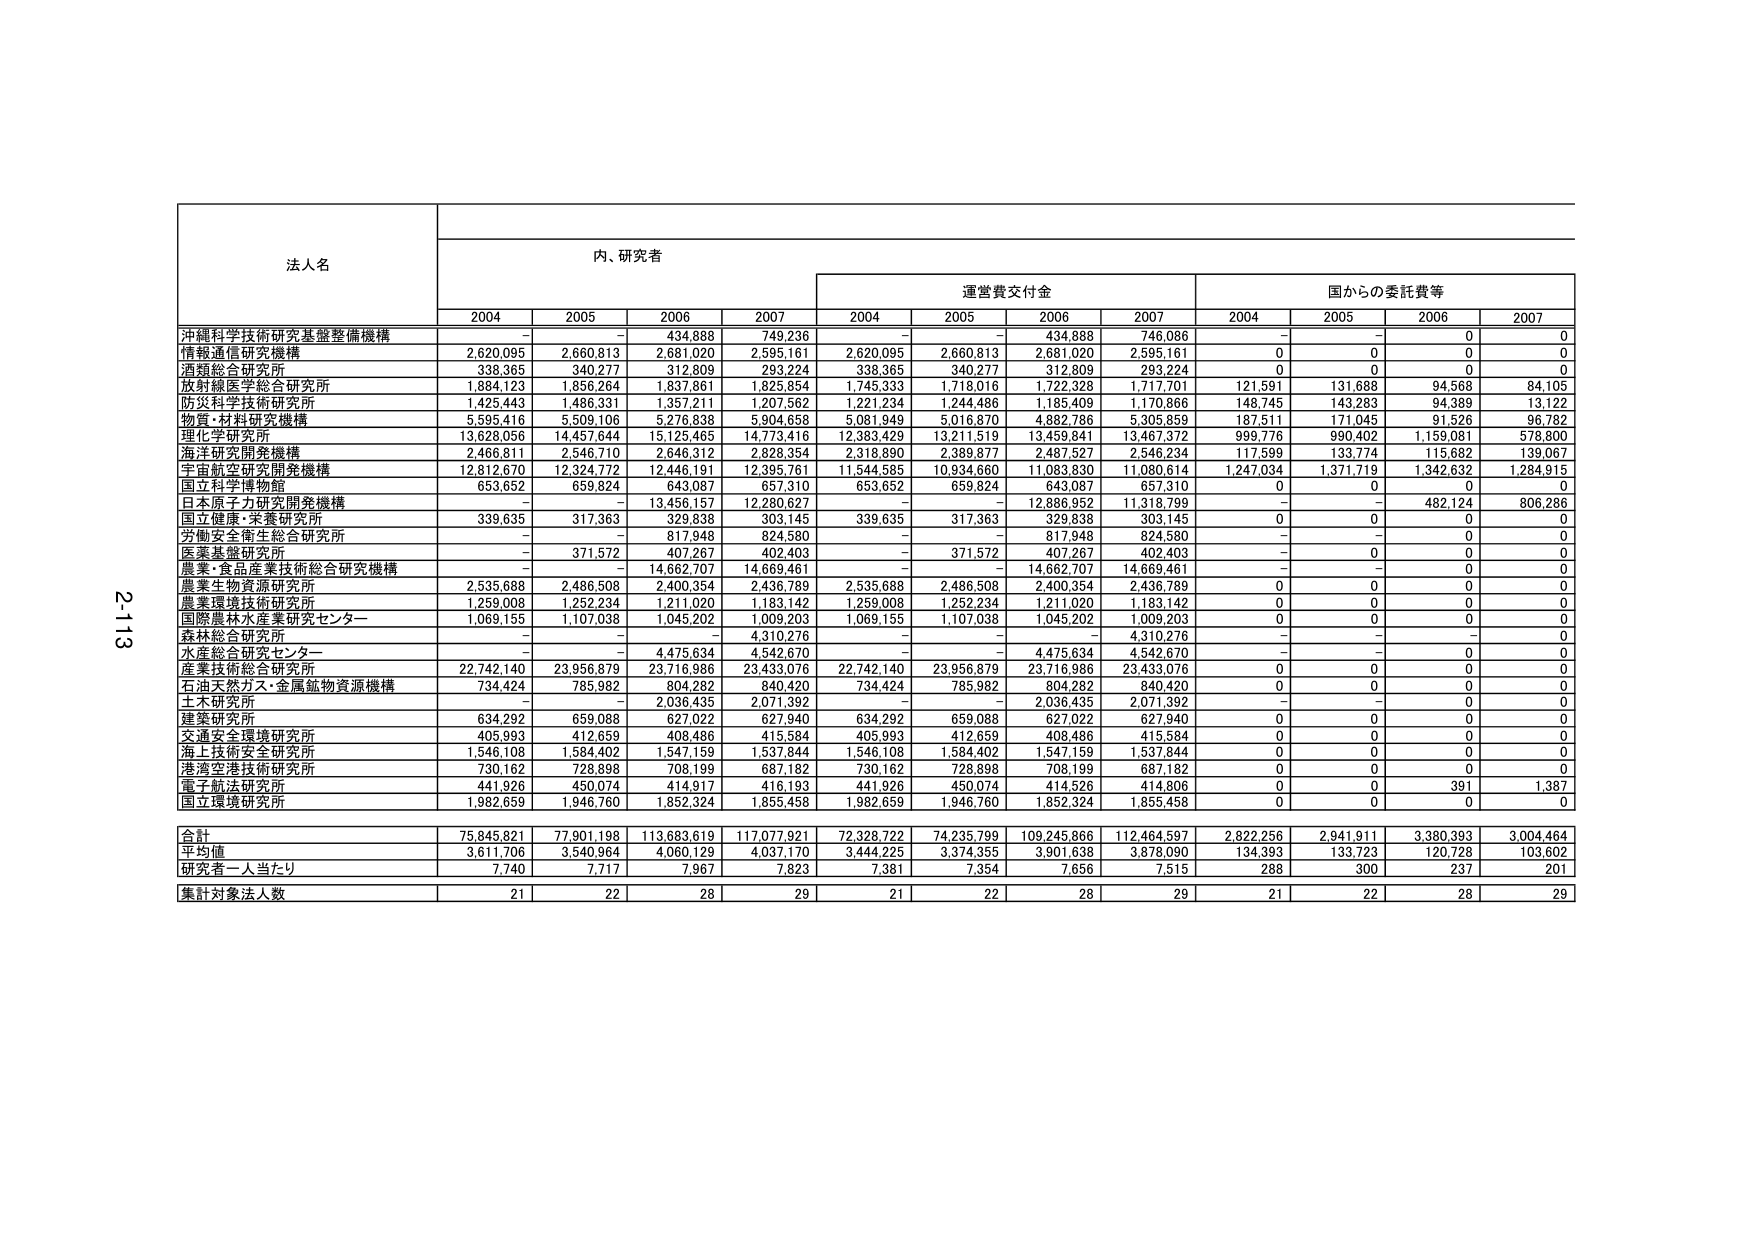
法人名
内、研究者
運営費交付金
国からの委託費等
2004
2005
2006
2007
2004
2005
2006
2007
2004
2005
2006
2007
沖縄科学技術研究基盤整備機構
-
-
434,888
749,236
-
-
434,888
746,086
-
-
0
0
情報通信研究機構
2,620,095
2,660,813
2,681,020
2,595,161
2,620,095
2,660,813
2,681,020
2,595,161
0
0
0
0
酒類総合研究所
338,365
340,277
312,809
293,224
338,365
340,277
312,809
293,224
0
0
0
0
放射線医学総合研究所
1,884,123
1,856,264
1,837,861
1,825,854
1,745,333
1,718,016
1,722,328
1,717,701
121,591
131,688
94,568
84,105
防災科学技術研究所
1,425,443
1,486,331
1,357,211
1,207,562
1,221,234
1,244,486
1,185,409
1,170,866
148,745
143,283
94,389
13,122
物質・材料研究機構
5,595,416
5,509,106
5,276,838
5,904,658
5,081,949
5,016,870
4,882,786
5,305,859
187,511
171,045
91,526
96,782
理化学研究所
13,628,056
14,457,644
15,125,465
14,773,416
12,383,429
13,211,519
13,459,841
13,467,372
999,776
990,402
1,159,081
578,800
海洋研究開発機構
2,466,811
2,546,710
2,646,312
2,828,354
2,318,890
2,389,877
2,487,527
2,546,234
117,599
133,774
115,682
139,067
宇宙航空研究開発機構
12,812,670
12,324,772
12,446,191
12,395,761
11,544,585
10,934,660
11,083,830
11,080,614
1,247,034
1,371,719
1,342,632
1,284,915
国立科学博物館
653,652
659,824
643,087
657,310
653,652
659,824
643,087
657,310
0
0
0
0
日本原子力研究開発機構
-
-
13,456,157
12,280,627
-
-
12,886,952
11,318,799
-
-
482,124
806,286
国立健康・栄養研究所
339,635
317,363
329,838
303,145
339,635
317,363
329,838
303,145
0
0
0
0
労働安全衛生総合研究所
-
-
817,948
824,580
-
-
817,948
824,580
-
-
0
0
医薬基盤研究所
-
371,572
407,267
402,403
-
371,572
407,267
402,403
-
0
0
0
農業・食品産業技術総合研究機構
-
-
14,662,707
14,669,461
-
-
14,662,707
14,669,461
-
-
0
0
農業生物資源研究所
2,535,688
2,486,508
2,400,354
2,436,789
2,535,688
2,486,508
2,400,354
2,436,789
0
0
0
0
農業環境技術研究所
1,259,008
1,252,234
1,211,020
1,183,142
1,259,008
1,252,234
1,211,020
1,183,142
0
0
0
0
国際農林水産業研究センター
1,069,155
1,107,038
1,045,202
1,009,203
1,069,155
1,107,038
1,045,202
1,009,203
0
0
0
0
森林総合研究所
-
-
-
4,310,276
-
-
-
4,310,276
-
-
-
0
水産総合研究センター
-
-
4,475,634
4,542,670
-
-
4,475,634
4,542,670
-
-
0
0
産業技術総合研究所
22,742,140
23,956,879
23,716,986
23,433,076
22,742,140
23,956,879
23,716,986
23,433,076
0
0
0
0
石油天然ガス・金属鉱物資源機構
734,424
785,962
804,282
840,420
734,424
785,962
804,282
840,420
0
0
0
0
土木研究所
-
-
2,036,435
2,071,392
-
-
2,036,435
2,071,392
-
-
0
0
建築研究所
634,292
659,088
627,022
627,940
634,292
659,088
627,022
627,940
0
0
0
0
交通安全環境研究所
405,993
412,659
408,486
415,584
405,993
412,659
408,486
415,584
0
0
0
0
海上技術安全研究所
1,546,108
1,584,402
1,547,159
1,537,844
1,546,108
1,584,402
1,547,159
1,537,844
0
0
0
0
港湾空港技術研究所
730,162
728,898
708,199
687,182
730,162
728,898
708,199
687,182
0
0
0
0
電気統法研究所
441,926
450,074
414,917
416,193
441,926
450,074
414,526
414,806
0
0
391
1,387
国立環境研究所
1,982,659
1,946,760
1,852,324
1,855,458
1,982,659
1,946,760
1,852,324
1,855,458
0
0
0
0
合計
75,845,821
77,901,198
113,683,619
117,077,921
72,328,722
74,235,799
109,245,866
112,464,597
2,822,256
2,941,911
3,380,393
3,004,464
平均値
3,611,706
3,540,964
4,060,129
4,037,170
3,444,225
3,374,355
3,901,638
3,878,090
134,393
133,723
120,728
103,602
研究者一人当たり
7,740
7,717
7,967
7,823
7,381
7,354
7,656
7,515
288
300
237
201
集計対象法人数
21
22
28
29
21
22
28
29
21
22
28
29
213